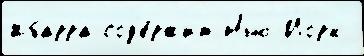
Ибарра сод'е́ржит Нью-Йорк